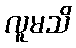
လူမသိ